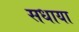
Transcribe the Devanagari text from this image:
सधाया